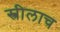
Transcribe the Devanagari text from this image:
स्त्रीलाच